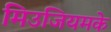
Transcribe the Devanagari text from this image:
मिउजियमके